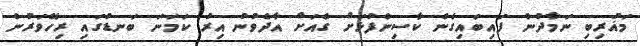
މަޣުރިބި ނަމާދުން ފައިބައިގެން ކާސިންފުޅަށް ގެއަށް އާދެވުނު އިރު ކަމަނަ ބަނޑުގައި ރިހޭވަރުން